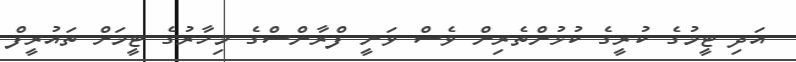
އަދި ޓީމުގެ ކުރީގެ ކުޅުންތެރިން ވެސް ވަނީ ފްރާންސްގެ މިހާރުގެ ޓީމަށް ތައުރީފް